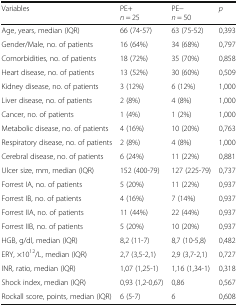
<table><thead><tr><td><b>Variables</b></td><td><b>PE+<i>n</i> = 25</b></td><td><b>PE−<i>n</i> = 50</b></td><td><b><i>p</i></b></td></tr></thead><tbody><tr><td>Age, years, median (IQR)</td><td>66 (74-57)</td><td>63 (75-52)</td><td>0,393</td></tr><tr><td>Gender/Male, no. of patients</td><td>16 (64%)</td><td>34 (68%)</td><td>0,797</td></tr><tr><td>Comorbidities, no. of patients</td><td>18 (72%)</td><td>35 (70%)</td><td>0,858</td></tr><tr><td>Heart disease, no. of patients</td><td>13 (52%)</td><td>30 (60%)</td><td>0,509</td></tr><tr><td>Kidney disease, no. of patients</td><td>3 (12%)</td><td>6 (12%)</td><td>1,000</td></tr><tr><td>Liver disease, no. of patients</td><td>2 (8%)</td><td>4 (8%)</td><td>1,000</td></tr><tr><td>Cancer, no. of patients</td><td>1 (4%)</td><td>1 (2%)</td><td>1,000</td></tr><tr><td>Metabolic disease, no. of patients</td><td>4 (16%)</td><td>10 (20%)</td><td>0,763</td></tr><tr><td>Respiratory disease, no. of patients</td><td>2 (8%)</td><td>4 (8%)</td><td>1,000</td></tr><tr><td>Cerebral disease, no. of patients</td><td>6 (24%)</td><td>11 (22%)</td><td>0,881</td></tr><tr><td>Ulcer size, mm, median (IQR)</td><td>152 (400-79)</td><td>127 (225-79)</td><td>0,737</td></tr><tr><td>Forrest IA, no. of patients</td><td>5 (20%)</td><td>11 (22%)</td><td>0,937</td></tr><tr><td>Forrest IB, no. of patients</td><td>4 (16%)</td><td>7 (14%)</td><td>0,937</td></tr><tr><td>Forrest IIA, no. of patients</td><td>11 (44%)</td><td>22 (44%)</td><td>0,937</td></tr><tr><td>Forrest IIB, no. of patients</td><td>5 (20%)</td><td>10 (20%)</td><td>0,937</td></tr><tr><td>HGB, g/dl, median (IQR)</td><td>8,2 (11-7)</td><td>8,7 (10-5,8)</td><td>0,482</td></tr><tr><td>ERY, ×10<sup>12</sup>/L, median (IQR)</td><td>2,7 (3,5-2,1)</td><td>2,9 (3,7-2,1)</td><td>0,727</td></tr><tr><td>INR, ratio, median (IQR)</td><td>1,07 (1,25-1)</td><td>1,16 (1,34-1)</td><td>0,318</td></tr><tr><td>Shock index, median (IQR)</td><td>0,93 (1,2-0,67)</td><td>0,86</td><td>0,567</td></tr><tr><td>Rockall score, points, median (IQR)</td><td>6 (5-7)</td><td>6</td><td>0,608</td></tr></tbody></table>